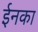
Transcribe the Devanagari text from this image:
ईनका